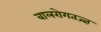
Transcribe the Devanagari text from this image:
बालरोगतज्‍ज्ञ